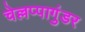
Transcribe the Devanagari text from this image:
चेल्लप्पागुंडर